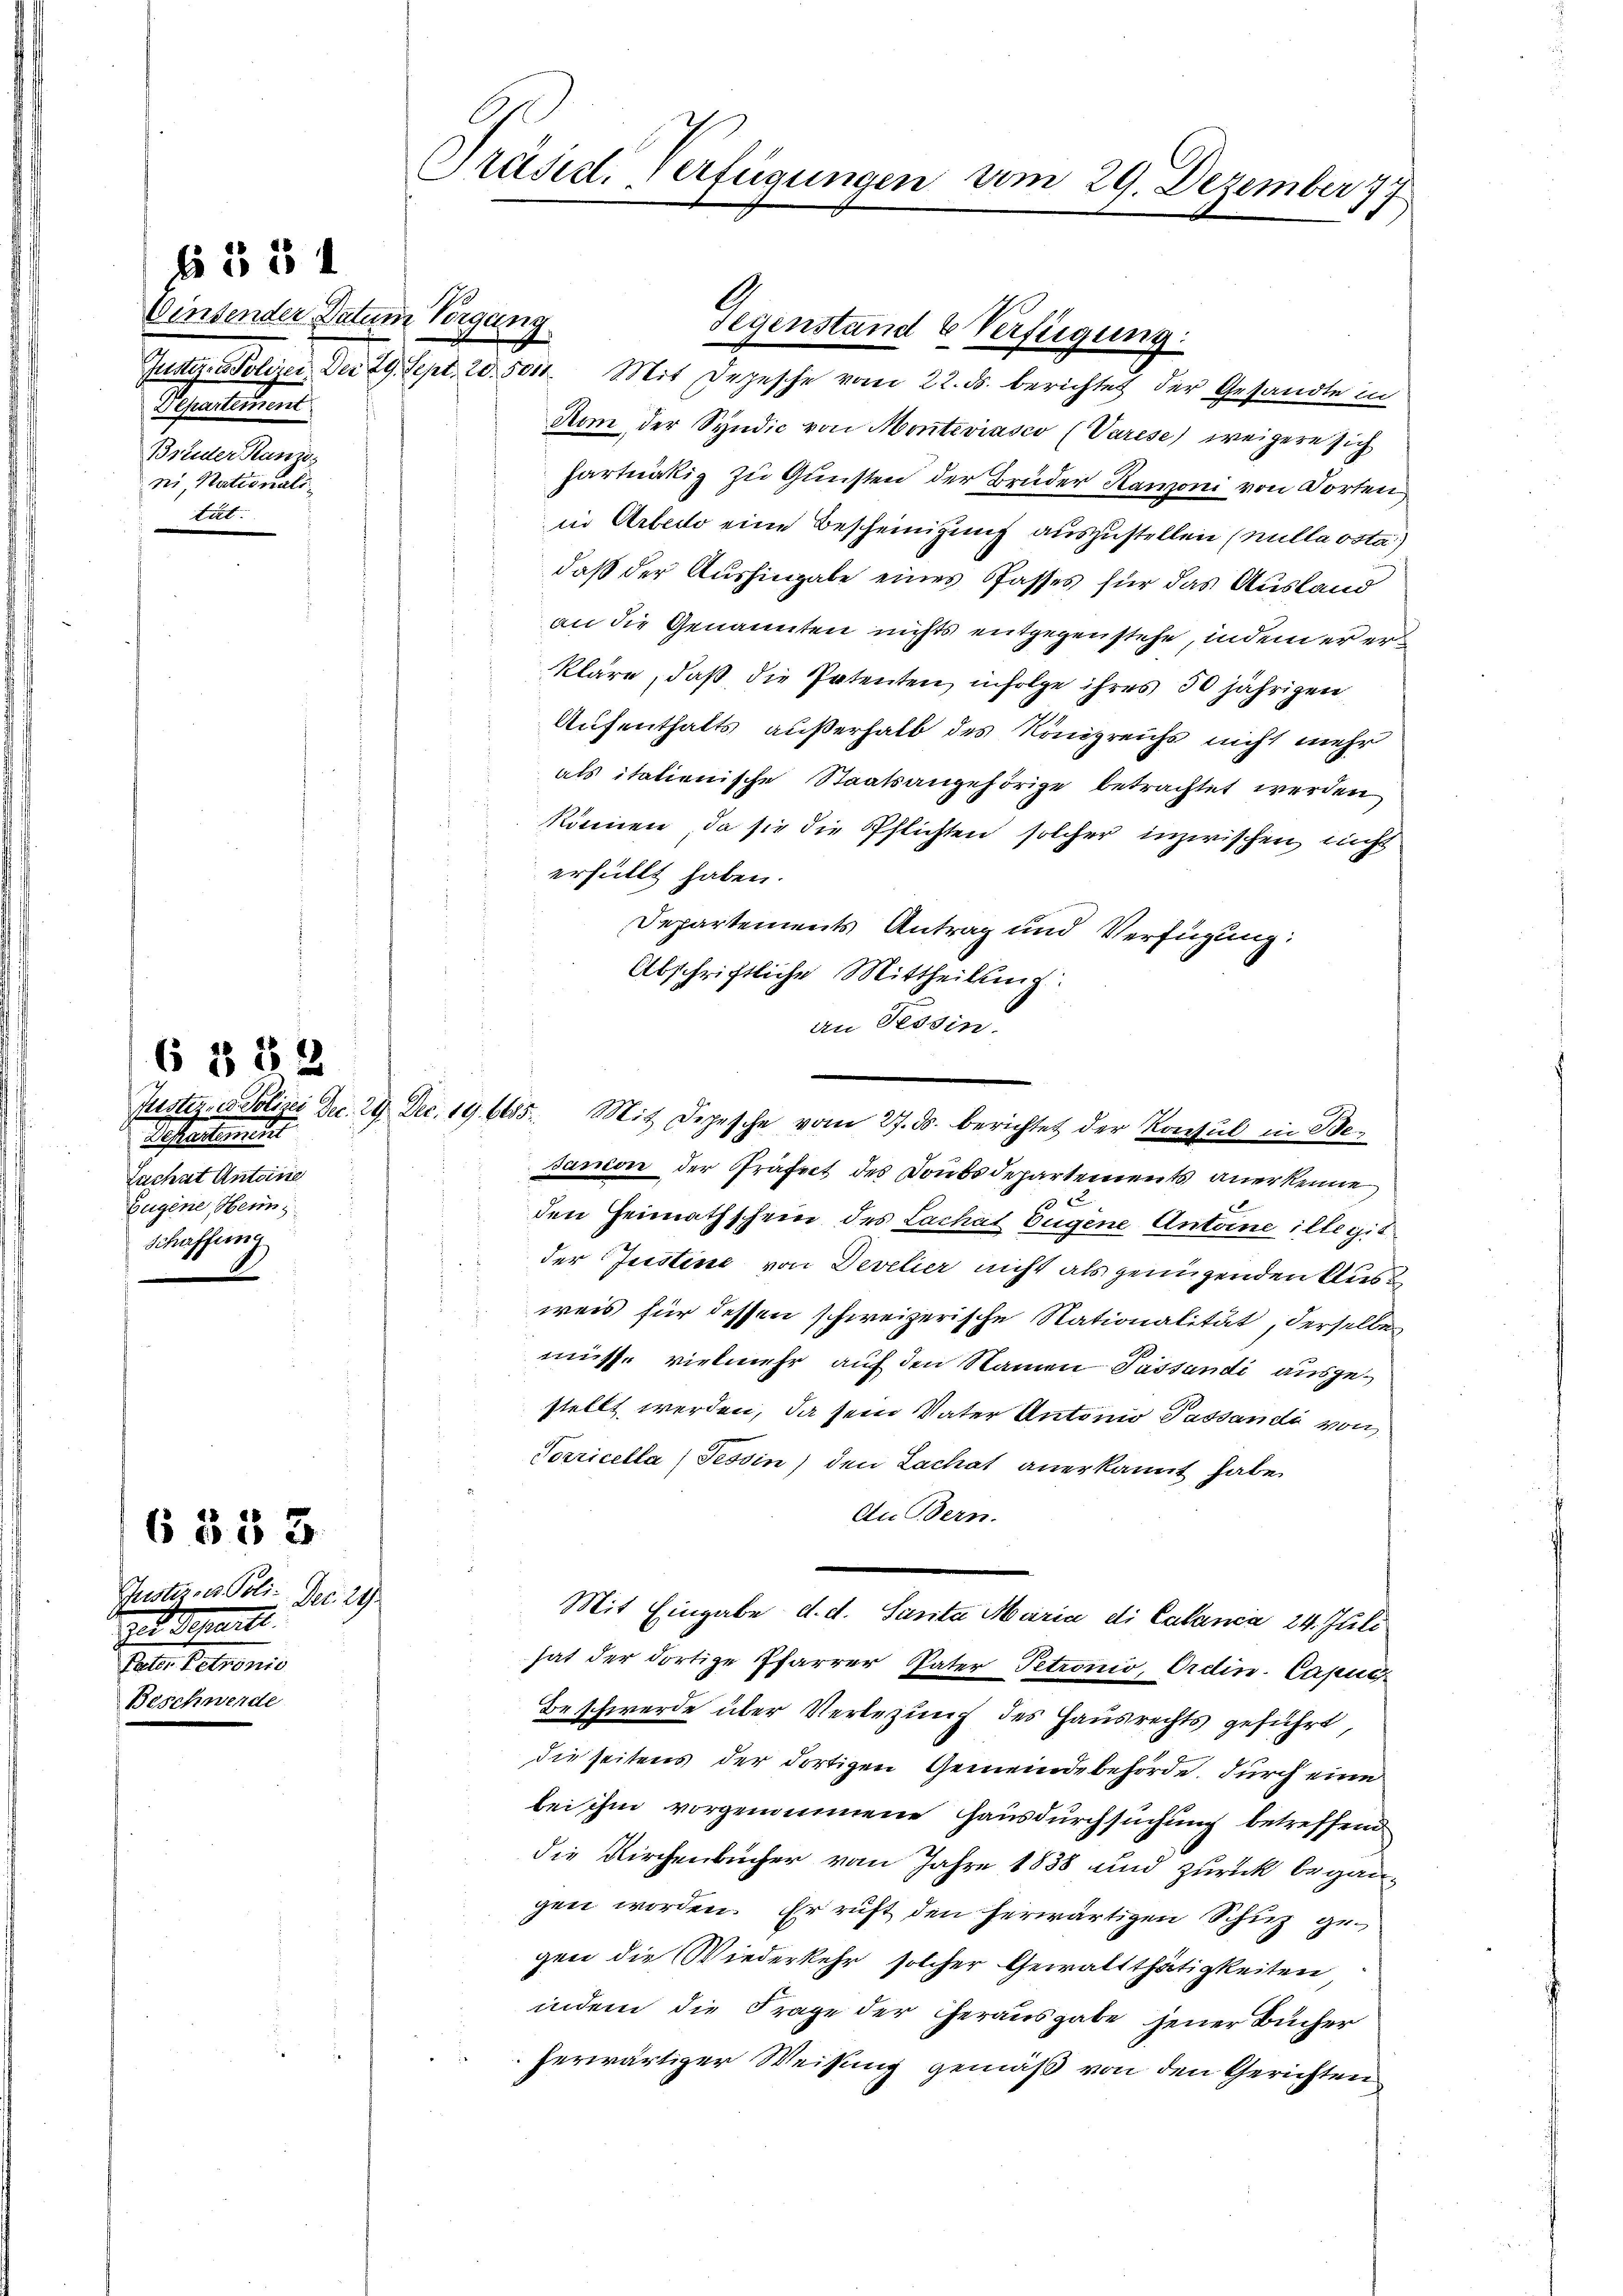
Einsender Datum Vorgang.
Departement.
Brüder Ranzs
ni, Nationalität.

6 § 33

f 35 4

Testalten
Zachat Antoine
Eugene, Heim
schaffung

6 § 82

Puster- u. Poli- Der. 29
d. galt Separt
Pater Patronis
Beschwerde

Präsid. Verfügungen vom 29. Dezember 77

Aom der Syndic von Monteviasco (Varese) weigere sich
hartnäkiz zu Gunsten der Brüder Kanoni von Dorten
in Arbedo eine Bescheinigung auszustellen (nulla vota)
daß der Aushingabe eines Passes für das Ausland
an die Genannten nichts entgegenstehe, indem er erkläre, daß die Patenten, infolge ihres 50 jährigen
Aufenthalts außerhalb des Königreichs nicht mehr
als italienische Staatsangehörige betrachtet werden
können, da sie die Pflichten solcher inzwischen nicht
erfüllt haben.
Departements Antrag und Verfügung:
Abschriftliche Mittheilung:
an Tessin.
Justiz, ed. Polizei Dec. 29. Dec. 19. 665. Mit Depesche vom 27. ds. berichtet der Konsul in Be-
sanion der Präfect des Doubsdepartements anerkenne
10 x
den Heimathschein des Lachat Eugene Antoine illegit
der Justine von Develier nicht als genügenden Ausweis für dessen schweizerische Nationalität, derselbe
müsse vielmehr auf den Namen Passandi ausgestellt werden, da sein Vater Antonio Passandi von
Porricella, Tessin, den Lachat anerkannt habe.
Au Bern.
Mit Eingabe d. d. Sanita Maria di Calanca 24. Juli
hat der dortige Pfarrer Pater Petronio, Ordin. Capuc
Beschwerde über Verlegung des Hausrechts geführt,
die seitens der dortigen Gemeindebehörde. Durch eine
bei ihm vorgenommene Hausdurchsuchung betreffend
die Kirchenbücher vom Jahre 1838 und zurück begangen worden. Er ruft den herwärtigen Schuz gegen die Wiederkehr solcher Gewaltthätigkeiten,
indem die Frage der Herausgabe jener Bücher
herwärtiger Weisung gemäß von den Gerichten

Gegenstand & Verfügung.
Justiz- & Polizei. Der 29. Sept. 20. 5011. Mit Depesche vom 22. ds. berichtes der Gesandte in